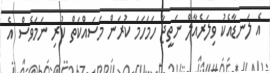
އެ ލަނޑާއެކު ވިލަރެއާލް ނަތީޖާ ހަމަހަމަ ކުރަން މަސައްކަތް ކުރި ނަމަވެސް އެ